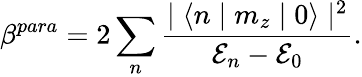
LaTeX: \beta^{para}=2\sum_{n}\frac{\mid\langle n\mid m_{z}\mid 0\rangle\mid^{2}}{{\cal E}_{n}-{\cal E}_{0}}.